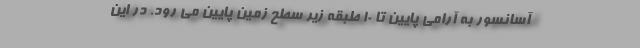
آسانسور به آرامی پایین تا 10 طبقه زیر سطح زمین پایین می رود. در این